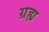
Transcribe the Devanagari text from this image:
ग्रह्य